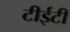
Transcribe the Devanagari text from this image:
टीईटी